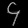
Digit: ၄